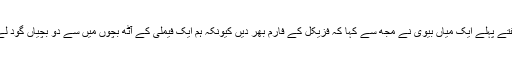
تقریبا” دو ہفتے پہلے ایک میاں بیوی نے مجھ سے کہا کہ فزیکل کے فارم بھر دیں کیونکہ ہم ایک فیملی کے آٹھ بچوں میں سے دو بچیاں گود لے رہے ہیں۔